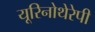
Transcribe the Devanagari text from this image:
यूरिनोथेरेपी